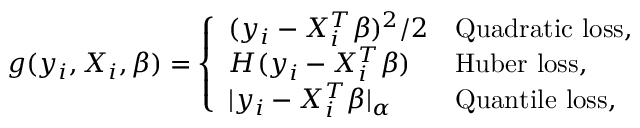
g ( y _ { i } , X _ { i } , \beta ) = \left\{ \begin{array} { l l } { ( y _ { i } - X _ { i } ^ { T } \beta ) ^ { 2 } / 2 } & { \mathrm { Q u a d r a t i c ~ l o s s , ~ } } \\ { H ( y _ { i } - X _ { i } ^ { T } \beta ) } & { \mathrm { H u b e r ~ l o s s , } } \\ { \vert y _ { i } - X _ { i } ^ { T } \beta \vert _ { \alpha } } & { \mathrm { Q u a n t i l e ~ l o s s , } } \end{array} \right.